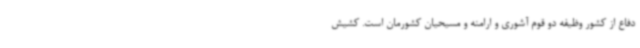
دفاع از کشور وظیفه دو قوم آشوری و ارامنه و مسیحیان کشورمان است. کشیش